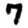
Digit: 7